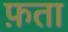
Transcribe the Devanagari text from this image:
फ़ता